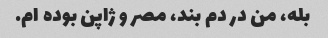
بله، من در دم بند، مصر و ژاپن بوده ام.